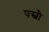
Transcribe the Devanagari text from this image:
पस्नौ